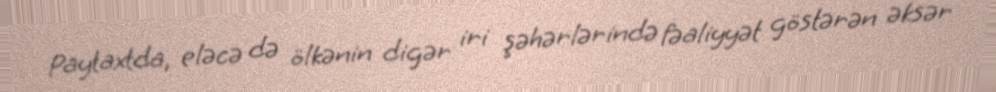
Paytaxtda, eləcə də ölkənin digər iri şəhərlərində fəaliyyət göstərən əksər